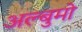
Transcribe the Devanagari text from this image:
अल्बुमो